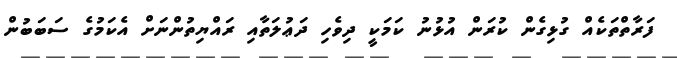
ފަރާތްތަކެއް ގުޅިގެން ކުރަން އުޅުނު ކަމަކީ ދިވެހި ދަޢުލަތާއި ރައްޔިތުންނަށް އެކަމުގެ ސަބަބުން